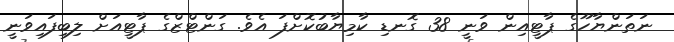
ނަތަންޔާހޫގެ ޕާޓީއިން ވަނީ 38 ގޮނޑި ކާމިޔާބުކޮށްފަ އެވެ. ގަންޓްޒްގެ ޕާޓީއަށް ލިިބިފައިވަނީ